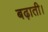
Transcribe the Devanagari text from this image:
बढ़ाती।